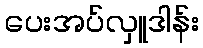
ပေးအပ်လှူဒါန်း